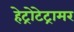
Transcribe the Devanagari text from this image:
हेट्रोटेट्रामर